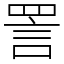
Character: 詈